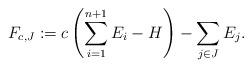
LaTeX: \begin{align*} F_{c,J} := c\left(\sum_{i=1}^{n+1}E_i - H\right) - \sum_{j \in J} E_j .\end{align*}